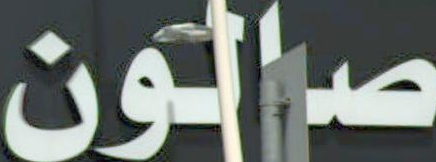
صالون